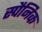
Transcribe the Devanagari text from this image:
स्पैनिक